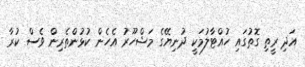
އަދި ރީތި ގޮތުގައި ހުއްޓާލުމަކީ ދުނިޔޭގެ މަޝްހޫރު އެހެން ކުޅުންތެރިން ވެސް ކުރާ